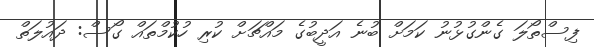
ފިސްތޯލަ ގެންގުޅުނު ކަމަށް ބުނެ އަދީބުގެ މައްޗަށް ކުރި ހުކުމްތައް ގޯސް: ދައުލަތް